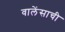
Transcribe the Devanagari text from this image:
वालेंसाची